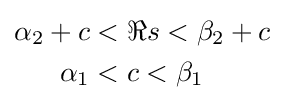
{\begin{aligned}\alpha _{2}+c&<\Re s<\beta _{2}+c\\\alpha _{1}&<c<\beta _{1}\end{aligned}}